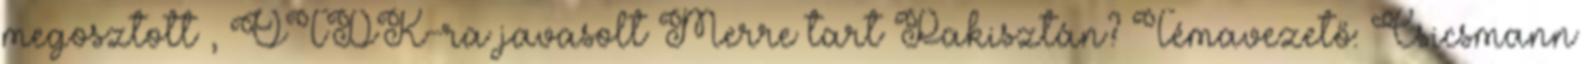
megosztott , OTDK-ra javasolt Merre tart Pakisztán? Témavezető: Csicsmann